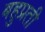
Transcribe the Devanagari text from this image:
बहुप्रती